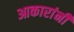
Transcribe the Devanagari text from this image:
आकारांनी